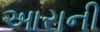
આરાની